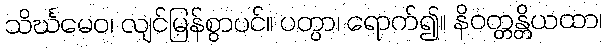
သိင်္ဃမေဝ၊ လျင်မြန်စွာပင်။ ပတွာ၊ ရောက်၍။ နိဝတ္တန္တိယထာ၊